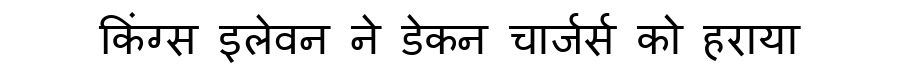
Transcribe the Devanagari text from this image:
किंग्स इलेवन ने डेकन चार्जर्स को हराया